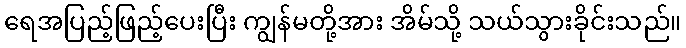
ရေအပြည့်ဖြည့်ပေးပြီး ကျွန်မတို့အား အိမ်သို့ သယ်သွားခိုင်းသည်။